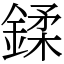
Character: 鍒